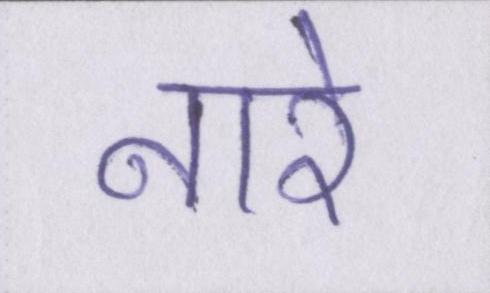
नारे